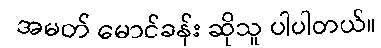
အမတ် မောင်ခန်း ဆိုသူ ပါပါတယ်။